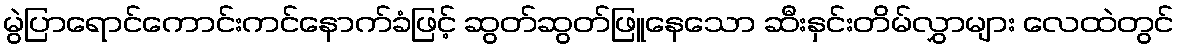
မွဲပြာရောင်ကောင်းကင်နောက်ခံဖြင့် ဆွတ်ဆွတ်ဖြူနေသော ဆီးနှင်းတိမ်လွှာများ လေထဲတွင်